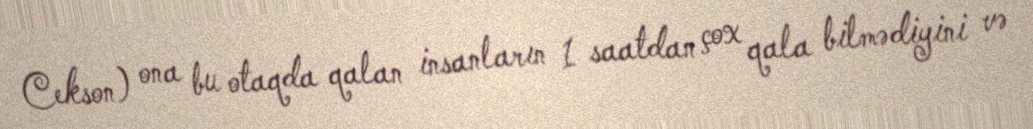
Cekson) ona bu otaqda qalan insanların 1 saatdan çox qala bilmədiyini və